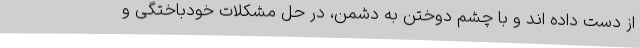
از دست داده اند و با چشم دوختن به دشمن، در حل مشکلات خودباختگی و